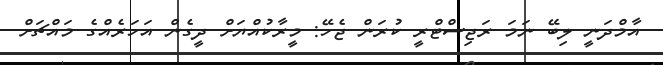
އާމްދަނީ ލިބޭ ނަމަ ރަޖިސްޓްރީ ކުރަން ޖެހޭ: މީރާކުއްޔަށް ދީގެން އަހަރެއްގެ މައްޗަށް